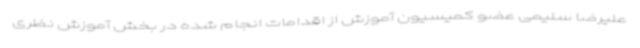
علیرضا سلیمی عضو کمیسیون آموزش از اقدامات انجام شده در بخش آموزش نظری